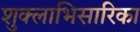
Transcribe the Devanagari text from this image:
शुक्लाभिसारिका